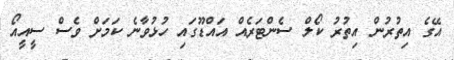
އޭގެ އިތުރުން އިތުރު ކޯލް ސެންޓަރެއް އައްޑޫގައި ހުޅުވާނެ ކަމަށް ވެސް ސީއީއޯ